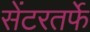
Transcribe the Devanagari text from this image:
सेंटरतर्फे